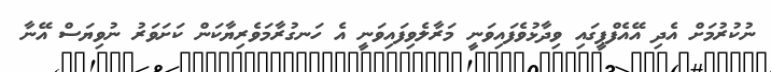
ނުކުރުމަށް އެދި އޭއެފްޕީގައި ވިދާޅުވެފައިވަނީ މަރާލެވިފައިވަނީ އެ ހަނގުރާމަވެރިޔާކަން ކަށަވަރު ނުވިޔަސް އޭނާ